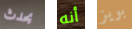
يحدث أنه بويز